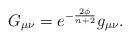
LaTeX: \begin{align*}G_{\mu\nu} = e^{-\frac{2 \phi}{n + 2}} g_{\mu\nu}.\end{align*}